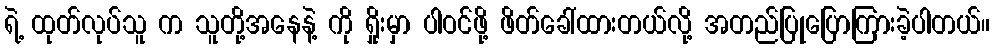
ရဲ့ ထုတ်လုပ်သူ က သူတို့အနေနဲ့ ကို ရှိုးမှာ ပါဝင်ဖို့ ဖိတ်ခေါ်ထားတယ်လို့ အတည်ပြုပြောကြားခဲ့ပါတယ်။